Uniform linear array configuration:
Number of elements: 24
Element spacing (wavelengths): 0.25
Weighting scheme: exponential
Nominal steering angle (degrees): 30
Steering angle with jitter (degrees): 29.185
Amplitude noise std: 0.05
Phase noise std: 0.05

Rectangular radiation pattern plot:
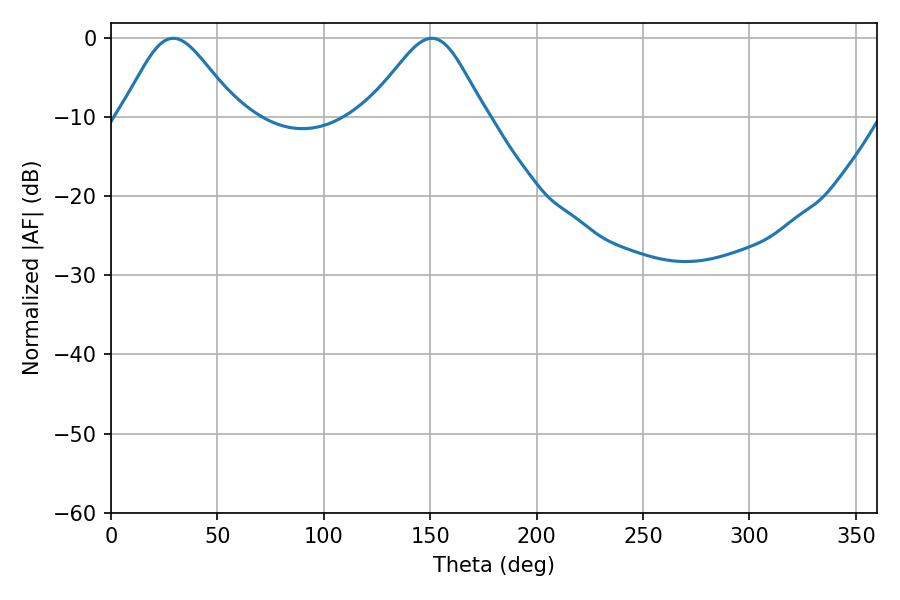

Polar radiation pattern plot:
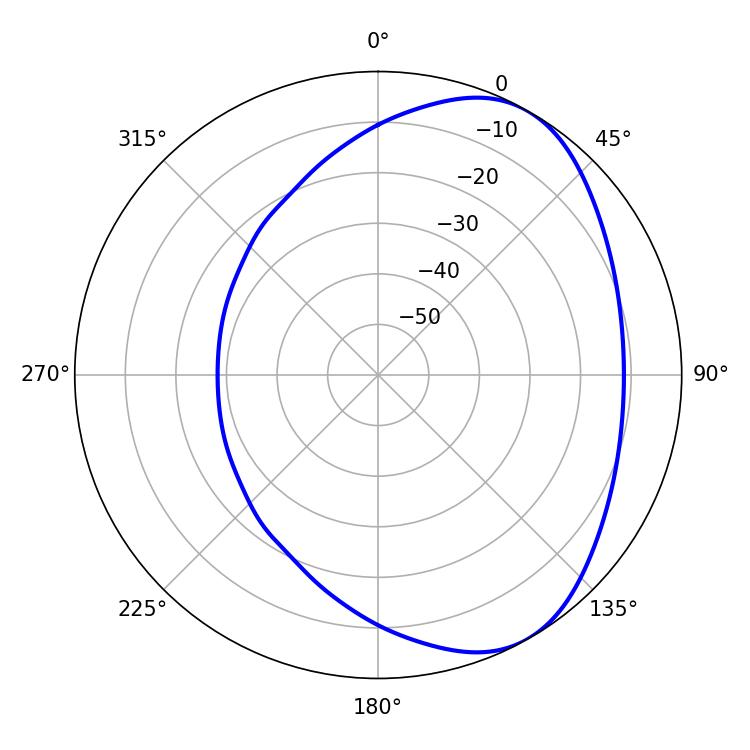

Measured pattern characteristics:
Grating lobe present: FALSE
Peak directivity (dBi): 5.093
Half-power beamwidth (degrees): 27.18
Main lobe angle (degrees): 29.16